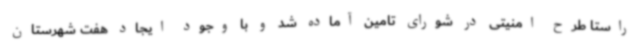
راستا طرح امنیتی در شورای تامین آماده شد و با وجود ایجاد هفت شهرستان